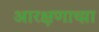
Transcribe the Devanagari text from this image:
आरक्षणाच्य़ा